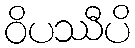
ဝိပဿီပိ